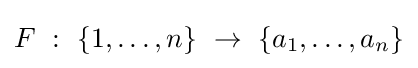
F~:~\left\{1,\ldots ,n\right\}~\to ~\left\{a_{1},\ldots ,a_{n}\right\}